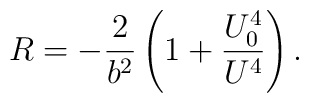
R = -{2 \over b^2} \left( 1 + {U_0^4 \over U^4} \right).